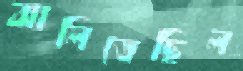
ঝালিতেছিল